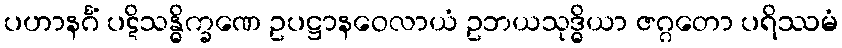
ပဟာနင်္ဂံ ပဋိသန္ဓိက္ခဏေ ဥပဋ္ဌာနဝေလာယံ ဥဘယသုဒ္ဓိယာ ဇဂ္ဂတော ပရိဿမံ